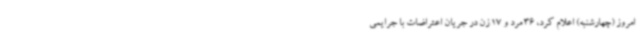
امروز (چهارشنبه) اعلام کرد، 36 مرد و 17 زن در جریان اعتراضات با جرایمی